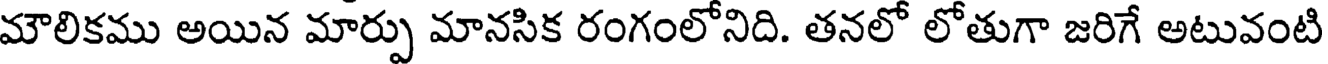
మౌలికము అయిన మార్పు మానసిక రంగంలోనిది. తనలో లోతుగా జరిగే అటువంటి